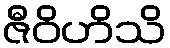
ဇီဝိဟိသိ